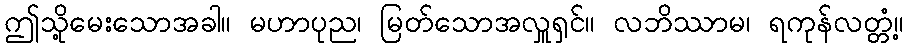
ဤသို့မေးသောအခါ။ မဟာပုည၊ မြတ်သောအလှူရှင်။ လဘိဿာမ၊ ရကုန်လတ္တံ့။